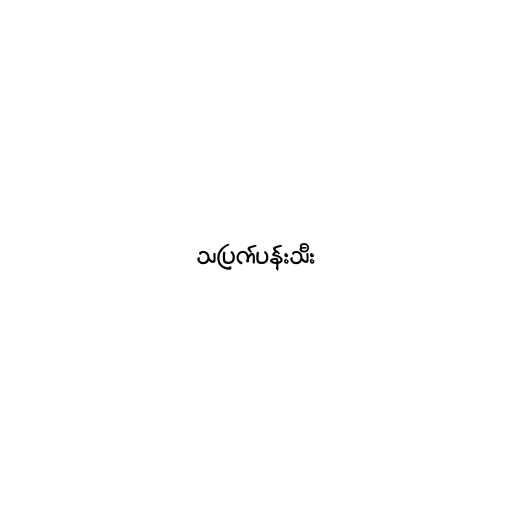
သပြက်ပန်းသီး